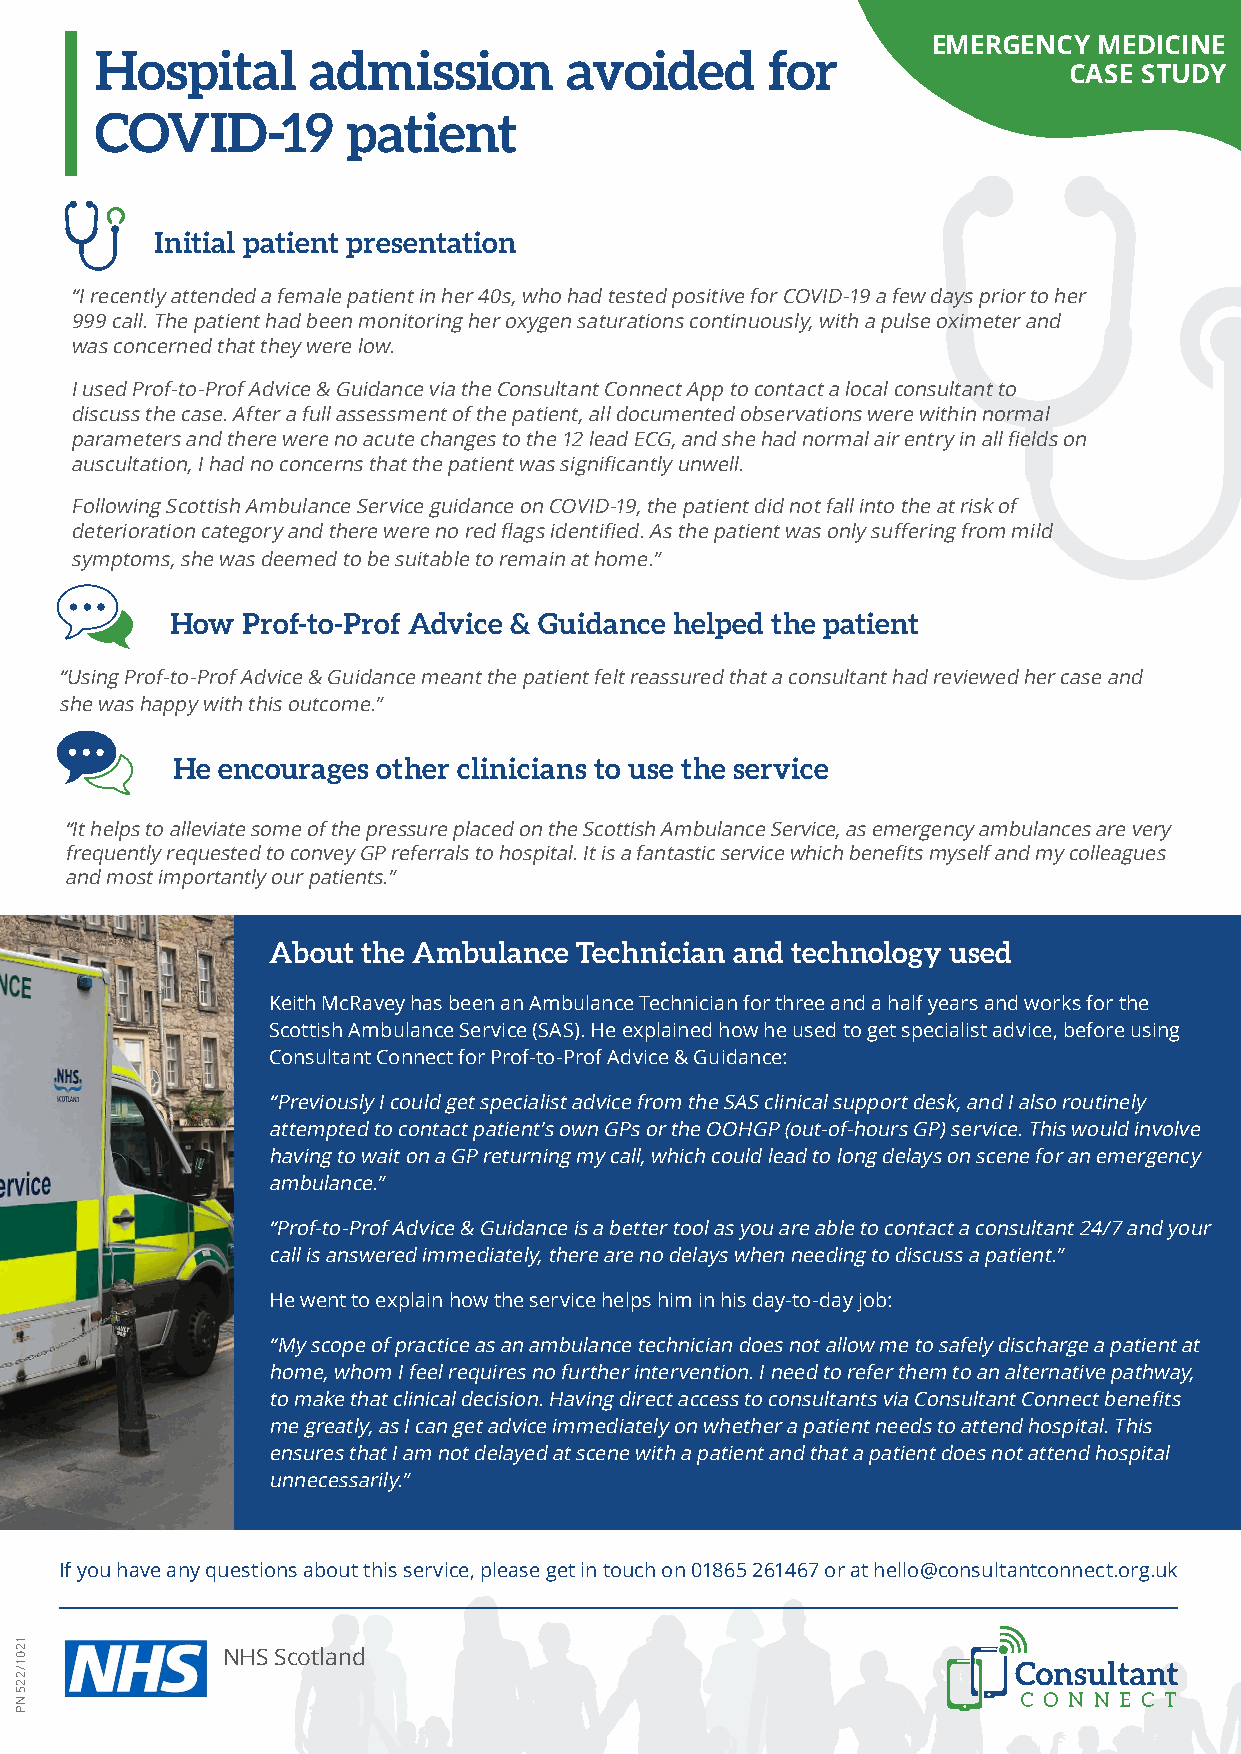
EMERGENCY  MEDICINE
 Hospital      admission        avoided       for
 CASE STUDY
 COVID-19         patient
 Initial patient presentation
 “I recently attended a female patient in her 40s, who had tested positive for COVID-19 a few days prior to her
 999 call. The patient had been monitoring her oxygen saturations continuously, with a pulse oximeter and
 was concerned that they were low.
 I used Prof-to-Prof Advice & Guidance via the Consultant Connect App to contact a local consultant to
 discuss the case. After a full assessment of the patient, all documented observations were within normal
 parameters and there were no acute changes to the 12 lead ECG, and she had normal air entry in all fields on
 auscultation, I had no concerns that the patient was significantly unwell.
 Following Scottish Ambulance Service guidance on COVID-19, the patient did not fall into the at risk of
 deterioration category and there were no red flags identified. As the patient was only suffering from mild
 symptoms, she was deemed to be suitable to remain at home.”
 How  Prof-to-Prof Advice & Guidance helped the patient
 “Using Prof-to-Prof Advice & Guidance meant the patient felt reassured that a consultant had reviewed her case and
 she was happy with this outcome.”
 He encourages other clinicians to use the service
 “It helps to alleviate some of the pressure placed on the Scottish Ambulance Service, as emergency ambulances are very
 frequently requested to convey GP referrals to hospital. It is a fantastic service which benefits myself and my colleagues
 and most importantly our patients.”
 About the Ambulance Technician and technology used
 Keith McRavey has been an Ambulance Technician for three and a half years and works for the
 Scottish Ambulance Service (SAS). He explained how he used to get specialist advice, before using
 Consultant Connect for Prof-to-Prof Advice & Guidance:
 “Previously I could get specialist advice from the SAS clinical support desk, and I also routinely
 attempted to contact patient’s own GPs or the OOHGP (out-of-hours GP) service. This would involve
 having to wait on a GP returning my call, which could lead to long delays on scene for an emergency
 ambulance.”
 “Prof-to-Prof Advice & Guidance is a better tool as you are able to contact a consultant 24/7 and your
 call is answered immediately, there are no delays when needing to discuss a patient.”
 He went to explain how the service helps him in his day-to-day job:
 “My scope of practice as an ambulance technician does not allow me to safely discharge a patient at
 home, whom I feel requires no further intervention. I need to refer them to an alternative pathway,
 to make that clinical decision. Having direct access to consultants via Consultant Connect benefits
 me greatly, as I can get advice immediately on whether a patient needs to attend hospital. This
 ensures that I am not delayed at scene with a patient and that a patient does not attend hospital
 unnecessarily.”
 If you have any questions about this service, please get in touch on 01865 261467 or at hello@consultantconnect.org.uk
 NHS Scotland
 1201/225
 NP